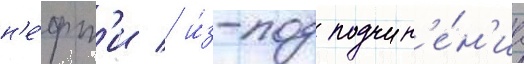
н'е́фт'и / и́з-под подчин'е́н'иа